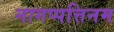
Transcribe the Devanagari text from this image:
नागप्पत्तिनम